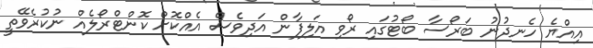
އިއްޔެ ހެނދުނު ބަރޯސާ ބޯޓުގައި ރޯވި އަލިފާން އަދިވެސް އެއްކޮށް ކޮންޓްރޯލެއް ނުކުރެެވޭތީ